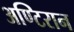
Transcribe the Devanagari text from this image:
अण्टिरान